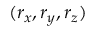
( r _ { x } , r _ { y } , r _ { z } )